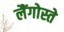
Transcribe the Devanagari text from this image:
लैंगोस्ते